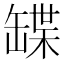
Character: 𦉃